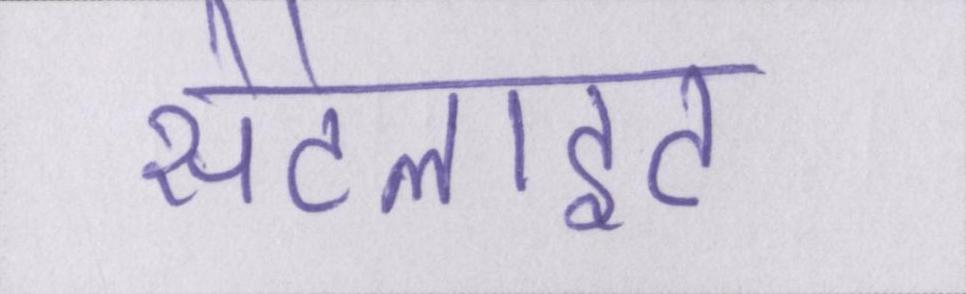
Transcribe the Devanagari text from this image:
सेटेलाइट